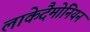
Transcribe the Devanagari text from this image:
लाकेदैमोनियन